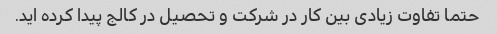
حتما تفاوت زیادی بین کار در شرکت و تحصیل در کالج پیدا کرده اید.